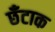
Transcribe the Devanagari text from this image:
छँटाक